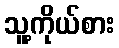
သူ့ကိုယ်စား